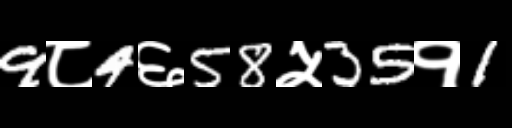
Text: 9८4६58५35१1